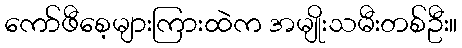
ကော်ဖီစေ့များကြားထဲက အမျိုးသမီးတစ်ဦး။